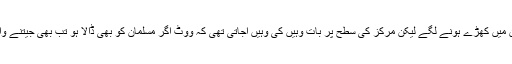
وقت کی رفتار سمجھ آنے لگی اور بہت سے مسلمان بھی الیکشن میں کھڑے ہونے لگے لیکن مرکز کی سطح پر بات وہیں کی وہیں آجاتی تھی کہ ووٹ اگر مسلمان کو بھی ڈالا ہو تب بھی جیتنے والے کو کسی نہ کسی ہندو پارٹی کی حمایت ہی کرنی پڑتی تھی۔